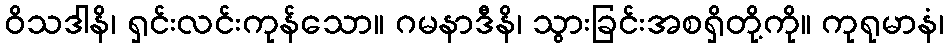
ဝိသဒါနိ၊ ရှင်းလင်းကုန်သော။ ဂမနာဒီနိ၊ သွားခြင်းအစရှိတို့ကို။ ကုရုမာနံ၊